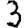
Digit: 3